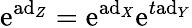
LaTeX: \mathrm{e}^{\mathrm{{ad}}_{Z}}=\mathrm{e}^{\mathrm{{ad}}_{X}}\mathrm{e}^{t\mathrm{{ad}}_{Y}}